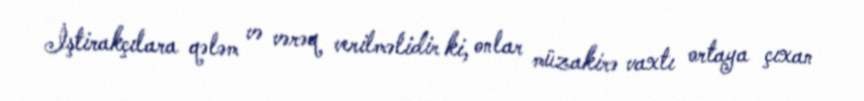
İştirakçılara qələm və vərəq verilməlidir ki, onlar müzakirə vaxtı ortaya çıxan